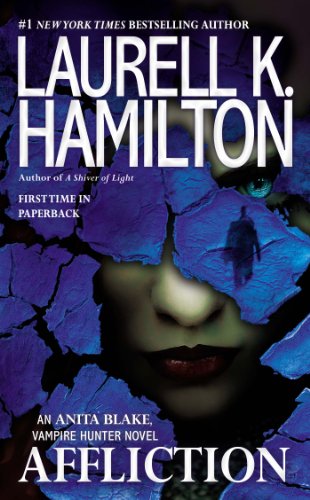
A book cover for Affliction: An Anita Blake, Vampire Hunter Novel; Laurell K. Hamilton; Romance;